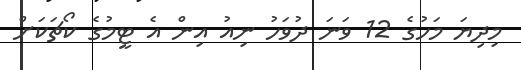
މިދިޔަ މަހުގެ 12 ވަނަ ދުވަހު ނިއު އިން އެ ޓީމުގެ ކޯޗަކަށް